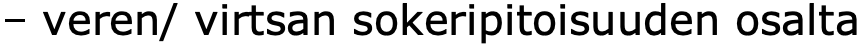
– veren/ virtsan sokeripitoisuuden osalta